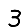
Digit: 3